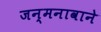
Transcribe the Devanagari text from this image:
जन्मनावाने